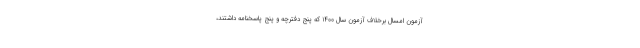
آزمون امسال برخلاف آزمون سال ۱۴۰۰ که پنج دفترچه و پنج پاسخنامه داشتند،